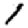
Digit: 1